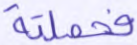
فحملته